Annual vaccination report of Bihar and Orissa - 1911-1928
Year: 1911
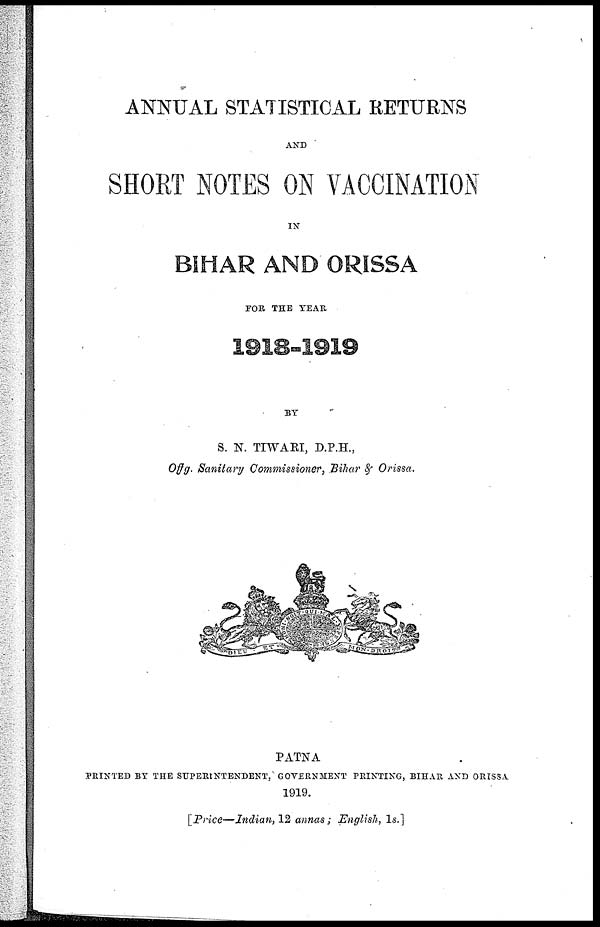
ANNUAL STATISTICAL RETURNS
AND
SHORT NOTES ON VACCINATION
IN
BIHAR AND ORISSA
FOR THE YEAR
1918-1919
BY
S. N. TIWARI, D.P.H.,
Offg. Sanitary Commissioner, Bihar & Orissa.
PATNA
PRINTED BY THE SUPERINTENDENT, GOVERNMENT PRINTING, BIHAR AND ORISSA
1919.
[Price—Indian, 12 annas; English, 1s.]